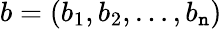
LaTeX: b=(b_{1},b_{2},\dots,b_{\mathtt{n}})